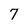
Character: 7